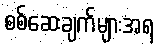
စစ်ဆေးချက်များအရ